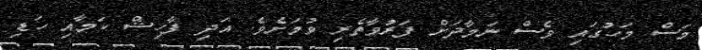
މަސް މަހުގައި ވެސް ނަމާދަށް ފަރުވާތެރި ވުމަށެވެ. އަދި ފާހިޝް ކަމާއި ހަޑި